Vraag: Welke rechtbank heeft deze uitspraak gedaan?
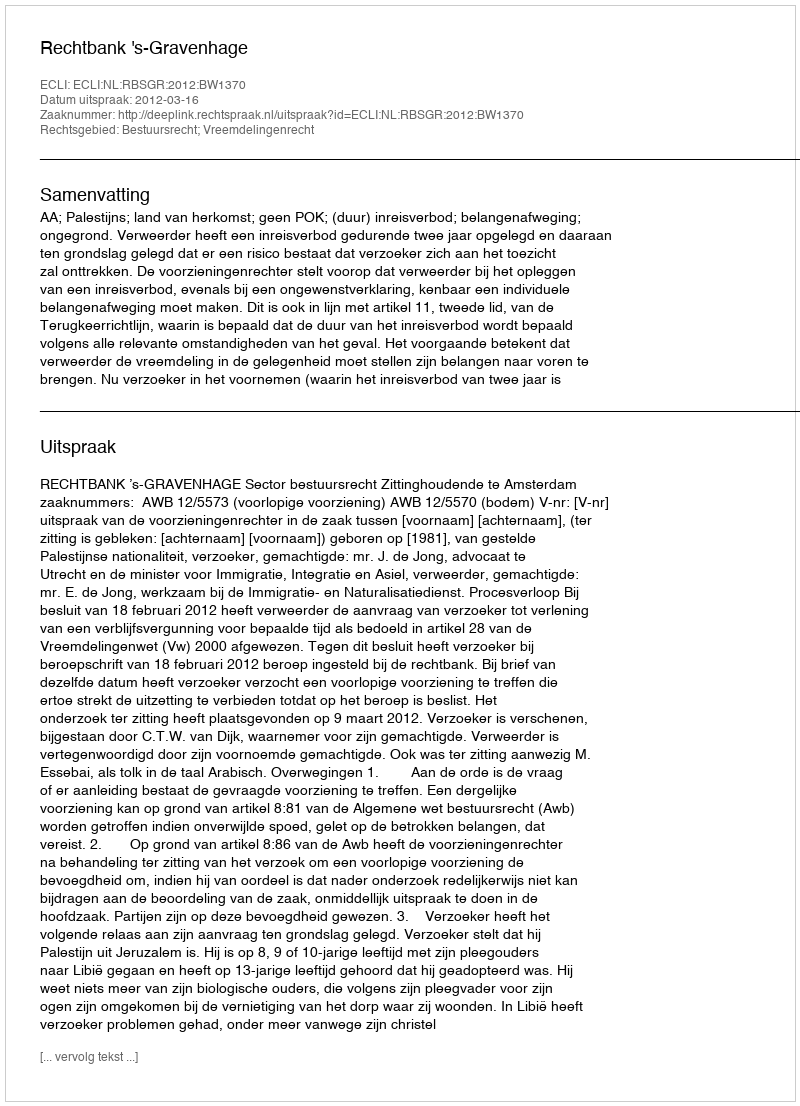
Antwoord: Rechtbank 's-Gravenhage